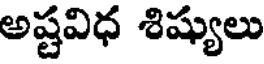
అష్టవిధ శిష్యులు